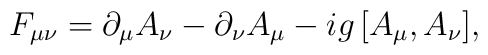
F_{\mu\nu}=\partial_\mu A_\nu-\partial_\nu A_\mu-ig\,[A_\mu,A_\nu],